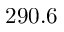
2 9 0 . 6